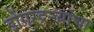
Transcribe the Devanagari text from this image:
डोंगरदर्‍यांचा